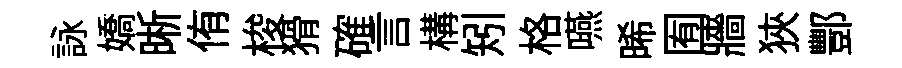
詠嬌晰侑梭猾確言構矧格嚥晞囿牆狹酆